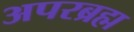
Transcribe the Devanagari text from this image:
अपरब्रह्म